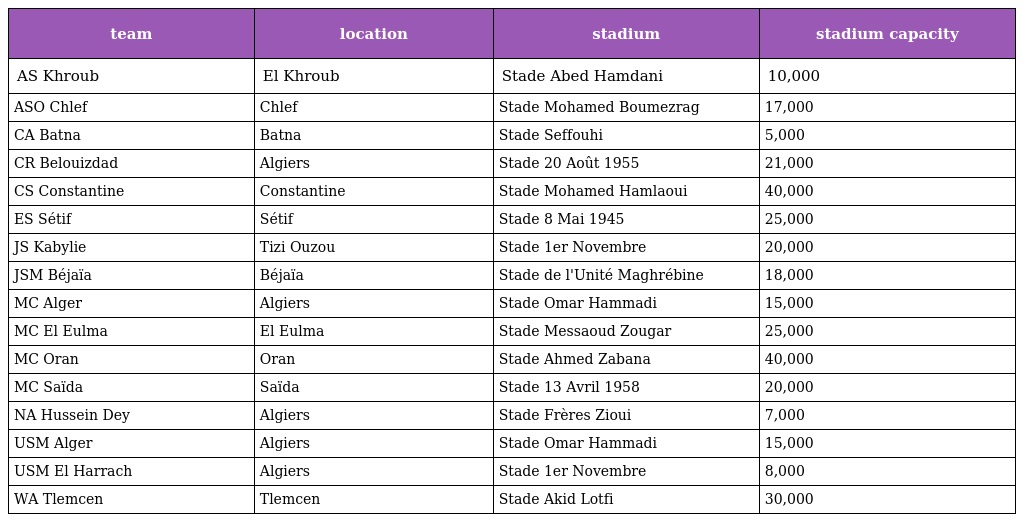
| team | location | stadium | stadium capacity |
 | --- | --- | --- | --- |
 | AS Khroub | El Khroub | Stade Abed Hamdani | 10,000 |
 | ASO Chlef | Chlef | Stade Mohamed Boumezrag | 17,000 |
 | CA Batna | Batna | Stade Seffouhi | 5,000 |
 | CR Belouizdad | Algiers | Stade 20 Août 1955 | 21,000 |
 | CS Constantine | Constantine | Stade Mohamed Hamlaoui | 40,000 |
 | ES Sétif | Sétif | Stade 8 Mai 1945 | 25,000 |
 | JS Kabylie | Tizi Ouzou | Stade 1er Novembre | 20,000 |
 | JSM Béjaïa | Béjaïa | Stade de l'Unité Maghrébine | 18,000 |
 | MC Alger | Algiers | Stade Omar Hammadi | 15,000 |
 | MC El Eulma | El Eulma | Stade Messaoud Zougar | 25,000 |
 | MC Oran | Oran | Stade Ahmed Zabana | 40,000 |
 | MC Saïda | Saïda | Stade 13 Avril 1958 | 20,000 |
 | NA Hussein Dey | Algiers | Stade Frères Zioui | 7,000 |
 | USM Alger | Algiers | Stade Omar Hammadi | 15,000 |
 | USM El Harrach | Algiers | Stade 1er Novembre | 8,000 |
 | WA Tlemcen | Tlemcen | Stade Akid Lotfi | 30,000 |